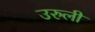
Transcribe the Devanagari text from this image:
उरुली